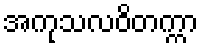
အကုသလဝိတက္ကာ